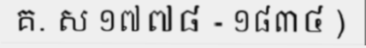
គ. ស ១៧៧៨ - ១៨៣៤ )